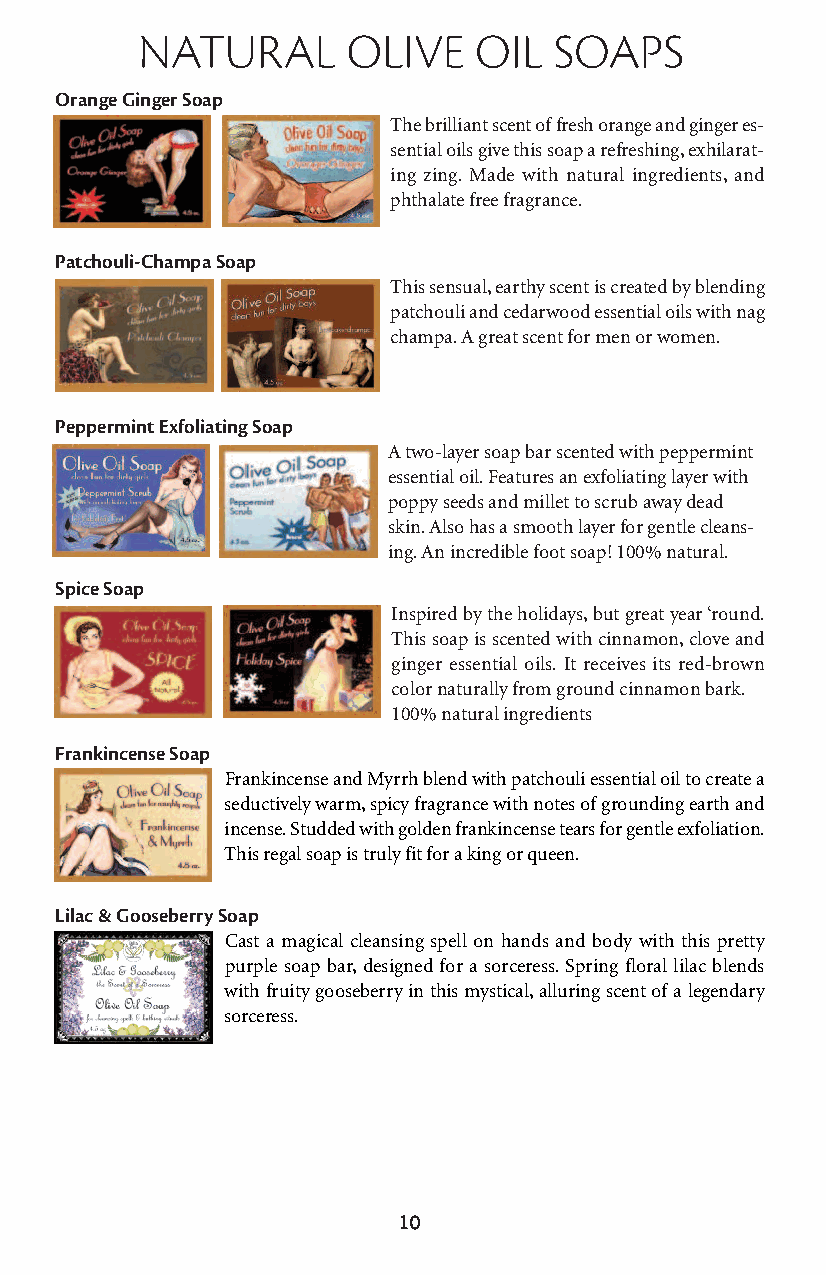
natural       olive   oil   soaps
 Orange Ginger Soap
 The brilliant scent of fresh orange and ginger es-
 sential oils give this soap a refreshing, exhilarat-
 ing zing. Made with natural ingredients, and
 phthalate free fragrance.
 Patchouli-Champa Soap
 This sensual, earthy scent is created by blending
 patchouli and cedarwood essential oils with nag
 champa. A great scent for men or women.
 Peppermint Exfoliating Soap
 A two-layer soap bar scented with peppermint
 essential oil. Features an exfoliating layer with
 poppy seeds and millet to scrub away dead
 skin. Also has a smooth layer for gentle cleans-
 ing. An incredible foot soap! 100% natural.
 Spice Soap
 Inspired by the holidays, but great year ‘round.
 This soap is scented with cinnamon, clove and
 ginger essential oils. It receives its red-brown
 color naturally from ground cinnamon bark.
 100% natural ingredients
 Frankincense Soap
 Frankincense and Myrrh blend with patchouli essential oil to create a
 seductively warm, spicy fragrance with notes of grounding earth and
 incense. Studded with golden frankincense tears for gentle exfoliation.
 This regal soap is truly fit for a king or queen.
 Lilac & Gooseberry Soap
 Cast a magical cleansing spell on hands and body with this pretty
 purple soap bar, designed for a sorceress. Spring floral lilac blends
 with fruity gooseberry in this mystical, alluring scent of a legendary
 sorceress.
 10